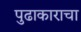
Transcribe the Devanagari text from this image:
पुढाकाराचा